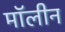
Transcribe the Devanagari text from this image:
मॉलीन